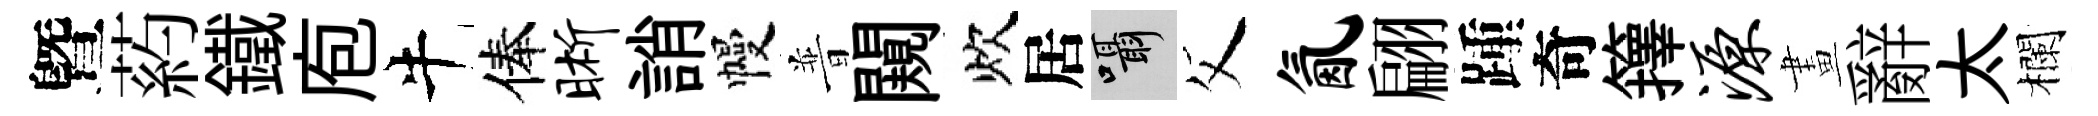
曁葯鐵庖牛俸晰誚幔普闚炊居囁父氤翩踵奇籜源畫辭太欄